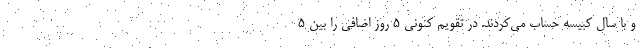
و با سال کبیسه حساب می‌کردند. در تقویم کنونی 5 روز اضافی را بین 5